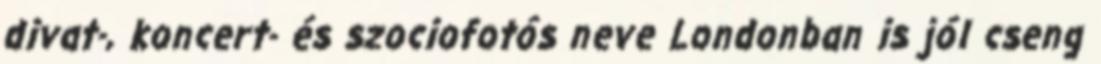
divat-, koncert- és szociofotós neve Londonban is jól cseng